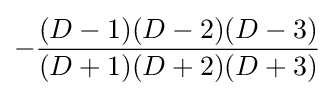
-{(D-1)(D-2)(D-3) \over {(D+1)(D+2)(D+3)}}